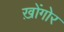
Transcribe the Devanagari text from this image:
ख़ोंगोर